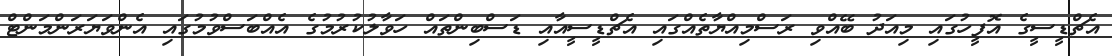
އެޗްޑީސީގެ އޮފީހުގައި މިއަދު ބޭއްވި ރަސްމިއްޔާތެއްގައި އެޗްޑީސީއާއި ޑަސްބިންތައް ހަވާލުކުރުމުގެ އެއްބަސްވުމުގައި އެންވަޔަރަންމަންޓް